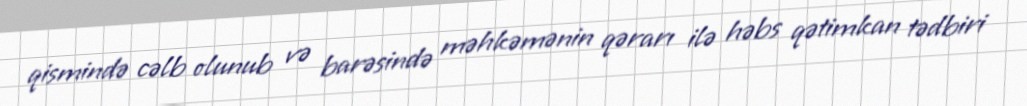
qismində cəlb olunub və barəsində məhkəmənin qərarı ilə həbs qətimkan tədbiri